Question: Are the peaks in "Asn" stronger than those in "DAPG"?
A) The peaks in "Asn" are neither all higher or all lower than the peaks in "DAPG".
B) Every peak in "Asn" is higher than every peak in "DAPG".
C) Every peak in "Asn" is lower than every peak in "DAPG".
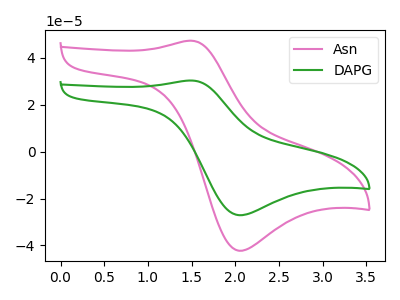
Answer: <think>The pink curve "Asn" has an anodic peak at (1.50V, 47.35uA) and a cathodic peak at (2.05V, -42.25uA). The green curve "DAPG" has an anodic peak at (1.50V, 30.35uA) and a cathodic peak at (2.05V, -27.10uA).</think>
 <answer>B) Every peak in "Asn" is higher than every peak in "DAPG".</answer>
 <eval>B</eval>